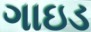
ગાઇડ